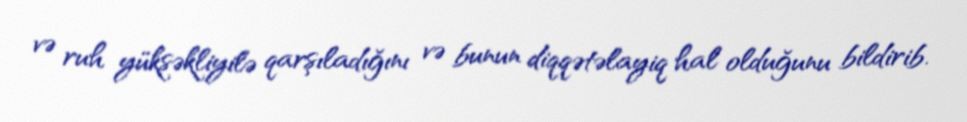
və ruh yüksəkliyilə qarşıladığını və bunun diqqətəlayiq hal olduğunu bildirib.